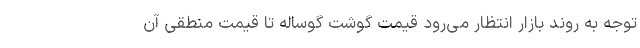
توجه به روند بازار انتظار می‌رود قیمت گوشت گوساله تا قیمت منطقی آن